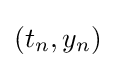
(t_{n},y_{n})